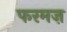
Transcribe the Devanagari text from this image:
फरमज़